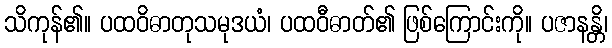
သိကုန်၏။ ပထဝိဓာတုသမုဒယံ၊ ပထဝီဓာတ်၏ ဖြစ်ကြောင်းကို။ ပဇာနန္တိ၊